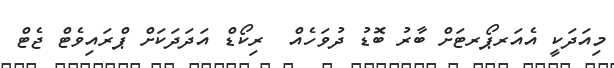
މިއަދަކީ އެއަރޕޯރޓަށް ބާރު ބޮޑު ދުވަހެއް  ރިކޯޑް އަދަދަކަށް ޕްރައިވެޓް ޖެޓް